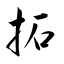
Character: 拓